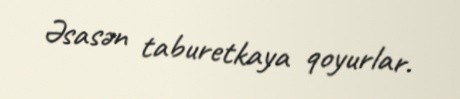
Əsasən taburetkaya qoyurlar.